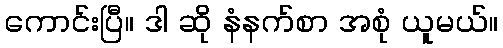
ကောင်းပြီ။ ဒါ ဆို နံနက်စာ အစုံ ယူမယ်။